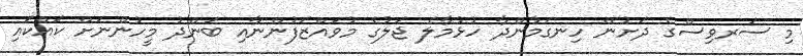
މި ސަރވިސްގެ ދަށުން ހިނގަމުންދާ ހުޅުމާލެ ޖަލުގެ މުވައްޒަފުންނާއި ބަންދު މީހުންނަށް ކައްކައި